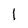
Character: 1